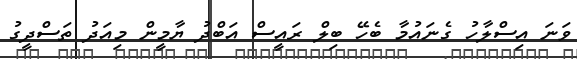
ވަނަ އިސްލާހު ގެނައުމާ ބެހޭ ބިލް ރައީސް އަބްދު ޔާމީން މިއަދު ތަސްދީގު